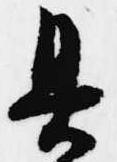
具